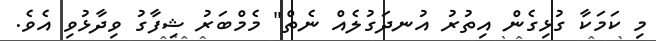
މި ކަމަކާ ގުޅިގެން އިތުރު އުނދަގުލެއް ނެތް" މެމްބަރު ޝިފާގު ވިދާޅުވި އެވެ.